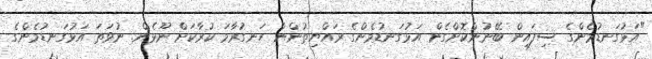
"އަޅުގަނޑުމެންގެ ސިފައިން ބޭނުންކޮށްގެން އަޅުގަނޑުމެންގެ ރައްޔިތުންނާ ހަނގުރާމަ ކުރާކަށް ނޫޅެން. ނުވަތަ އަޅުގަނޑުމެންގެ